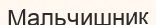
Мальчишник